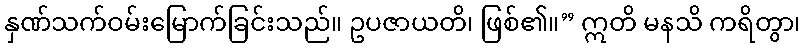
နှဏ်သက်ဝမ်းမြောက်ခြင်းသည်။ ဥပဇာယတိ၊ ဖြစ်၏။” ဣတိ မနသိ ကရိတွာ၊